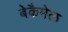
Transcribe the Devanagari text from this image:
बेकैमेल